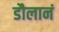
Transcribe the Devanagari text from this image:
डौलानं